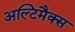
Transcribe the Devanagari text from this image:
अल्टिमैक्स